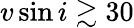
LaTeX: v\sin i\gtrsim 30